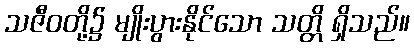
သဇီဝတို့၌ မျိုးပွားနိုင်သော သတ္တိ ရှိသည်။